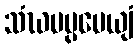
သံဃမပ္ပမေယျံ